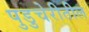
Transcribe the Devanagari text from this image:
पुडुचेरीतील